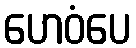
ဟေဝံပေ